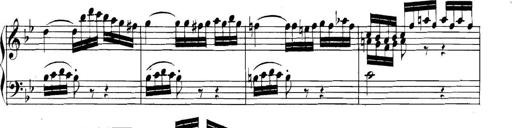
Title: Collected Piano Sonatas
Composer: Muzio Clementi